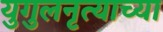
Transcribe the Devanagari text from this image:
युगुलनृत्याच्या